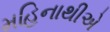
મહિનાથીએ